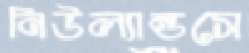
নিউল্যান্ডসে